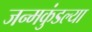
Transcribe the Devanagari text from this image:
जन्मकुंडल्या